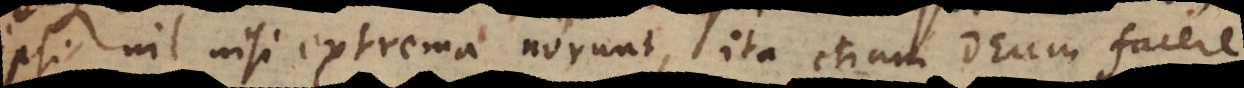
ipsi nil nisi extrema norunt, ita etiam Deum facere